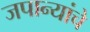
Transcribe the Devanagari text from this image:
जपान्यांचे